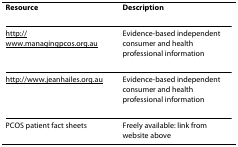
| Resource | Description |
 | --- | --- |
 | http://www.managingpcos.org.au | Evidence-based independent consumer and health professional information |
 | http://www.jeanhailes.org.au | Evidence-based independent consumer and health professional information |
 | PCOS patient fact sheets | Freely available: link from website above |